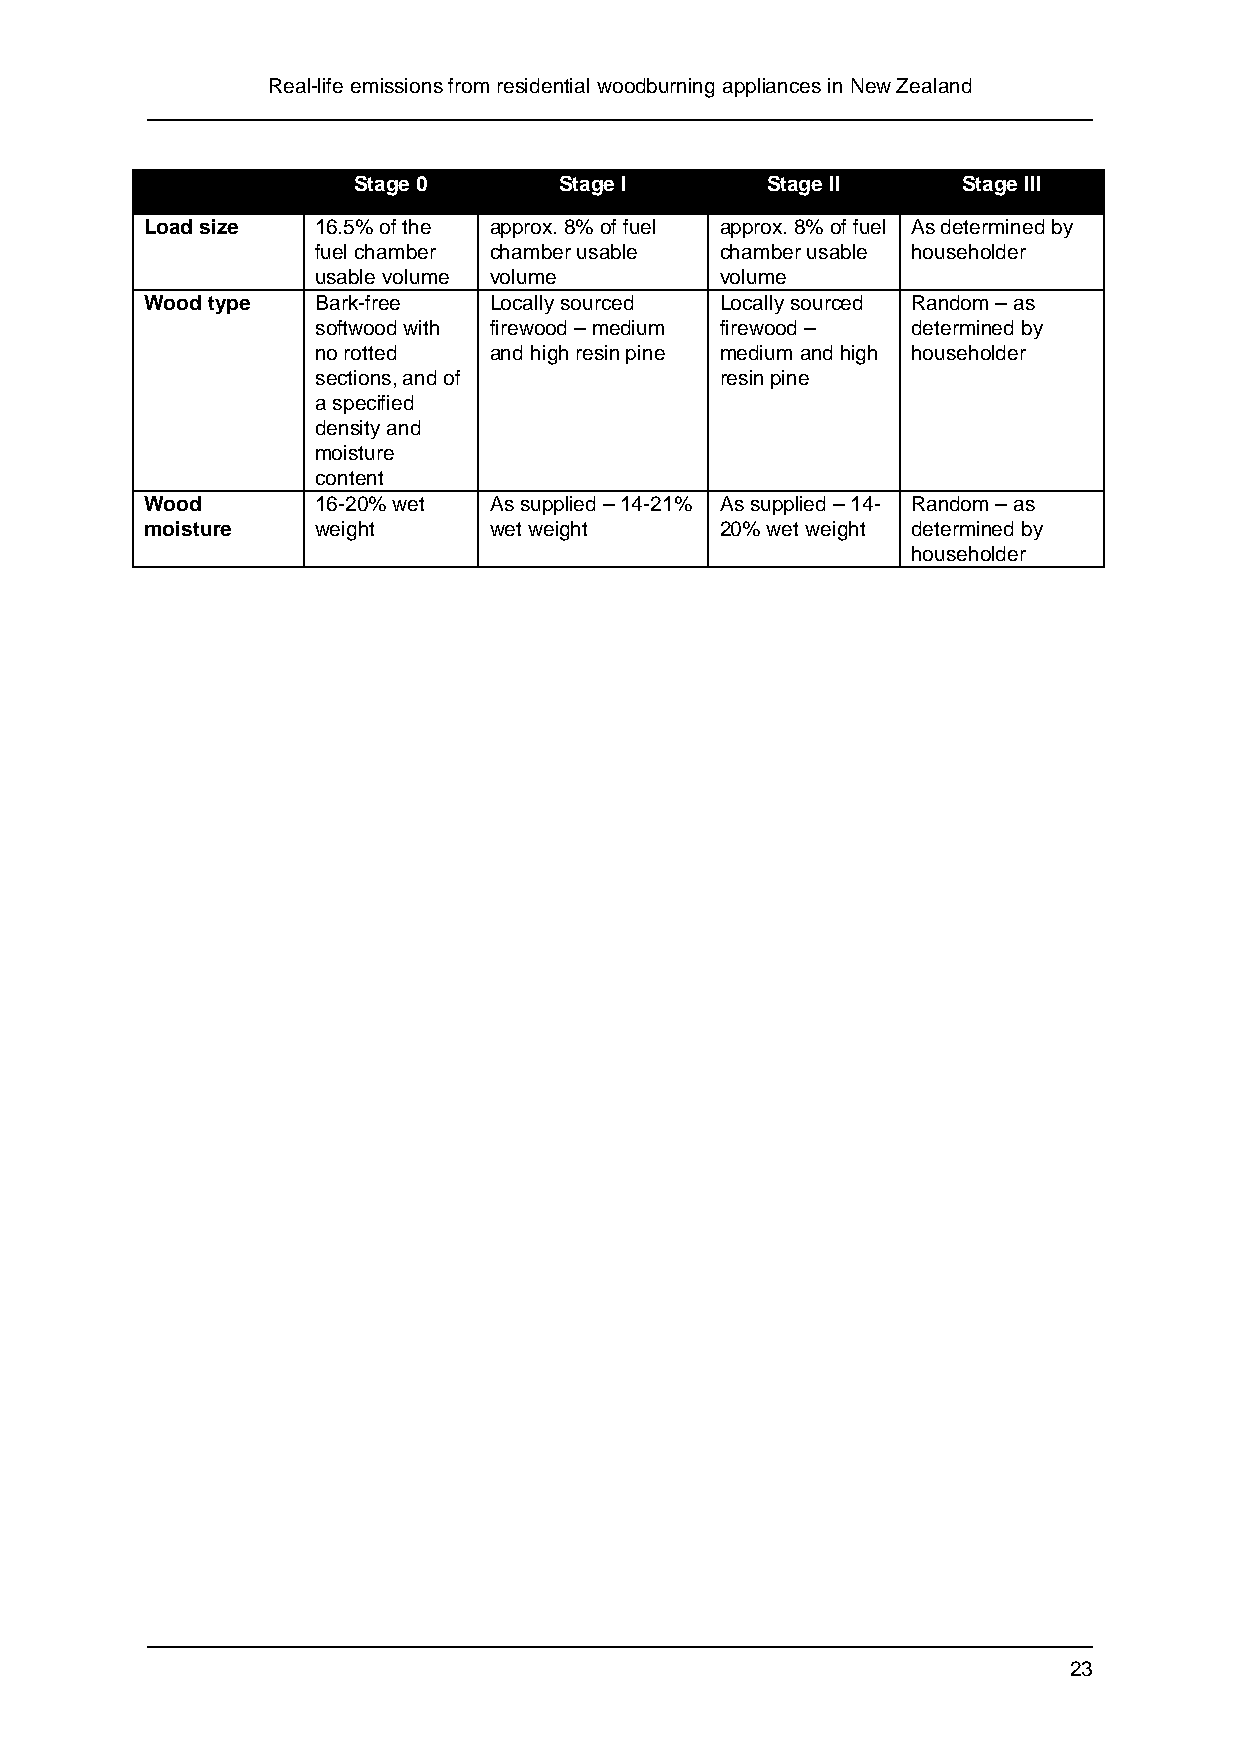
Real-life emissions from residential woodburning appliances in New Zealand
 Stage 0       Stage I       Stage II     Stage III
 Load size  16.5% of the approx. 8% of fuel approx. 8% of fuel As determined by
 fuel chamber chamber usable chamber usable householder
 usable volume volume       volume
 Wood type  Bark-free  Locally sourced Locally sourced Random – as
 softwood with firewood – medium firewood – determined by
 no rotted  and high resin pine medium and high householder
 sections, and of           resin pine
 a specified
 density and
 moisture
 content
 Wood       16-20% wet As supplied – 14-21% As supplied – 14- Random – as
 moisture   weight     wet weight      20% wet weight determined by
 householder
 23